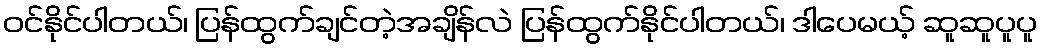
ဝင်နိုင်ပါတယ်၊ ပြန်ထွက်ချင်တဲ့အချိန်လဲ ပြန်ထွက်နိုင်ပါတယ်၊ ဒါပေမယ့် ဆူဆူပူပူ